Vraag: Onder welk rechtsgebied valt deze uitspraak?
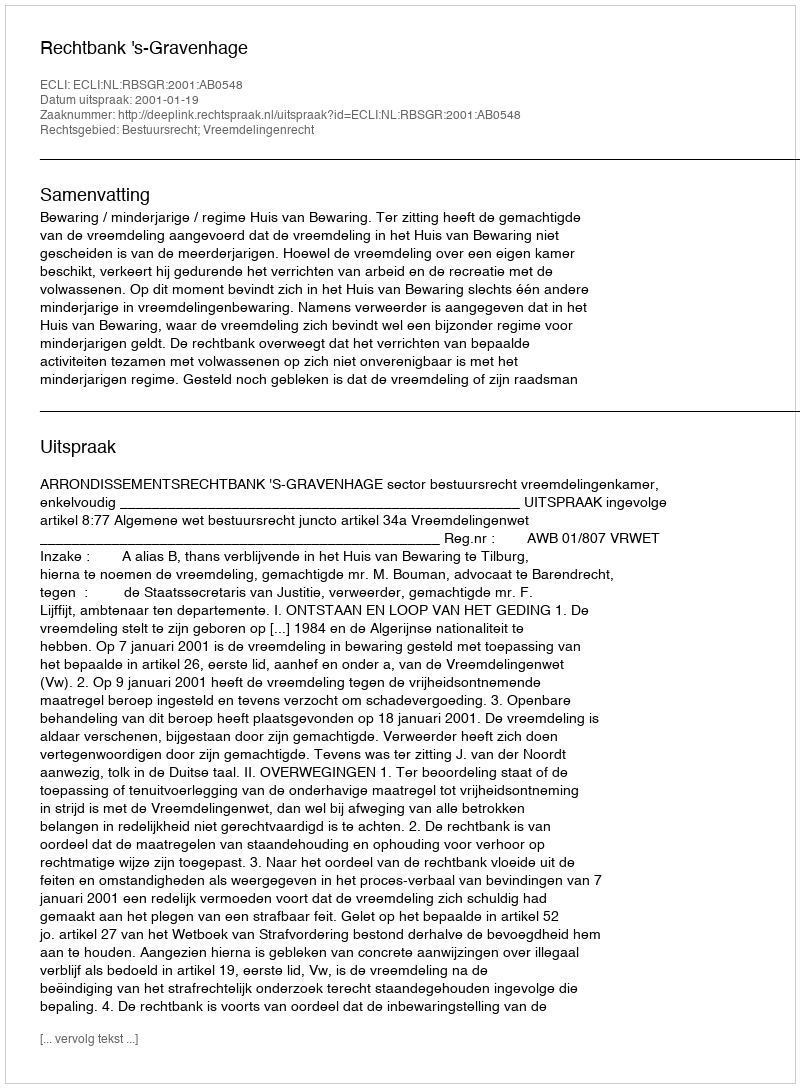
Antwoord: Bestuursrecht; Vreemdelingenrecht